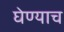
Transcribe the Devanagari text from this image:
घेण्याच